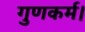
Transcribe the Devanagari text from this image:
गुणकर्म।